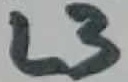
Text: L3